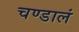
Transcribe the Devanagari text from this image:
चण्डालं